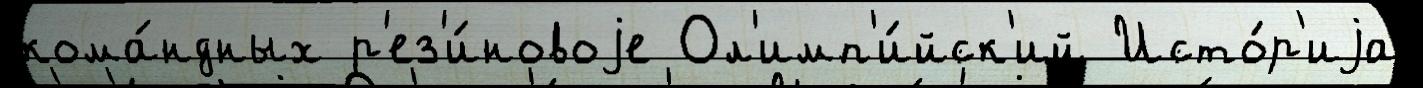
кома́ндных р'ез'и́новоjе Ол'имп'и́йск'ий Исто́р'иjа